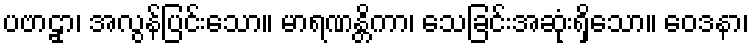
ပဗာဠှာ၊ အလွန်ပြင်းသော။ မာရဏန္တိကာ၊ သေခြင်းအဆုံးရှိသော။ ဝေဒနာ၊